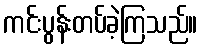
ကင်းပွန်းတပ်ခဲ့ကြသည်။